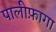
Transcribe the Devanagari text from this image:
पालीफ़ागा